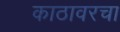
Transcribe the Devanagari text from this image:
काठावरचा